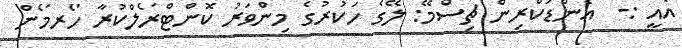
އެއީ :-  އެންޑަކްރިން ޗިސްމޭ: ލޭގެ ހަކުރުގެ މިންވަރު ކޮންޓްރޯލްކުރާ ހޯރމޯން